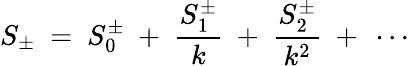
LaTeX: S_{\pm}~=~S_{0}^{\pm}~+~\frac{S_{1}^{\pm}}{k}~+~\frac{S_{2}^{\pm}}{k^{2}}~+~\cdots